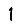
Digit: 1